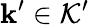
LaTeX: \mathbf{k}^{\prime}\in\mathcal{K}^{\prime}